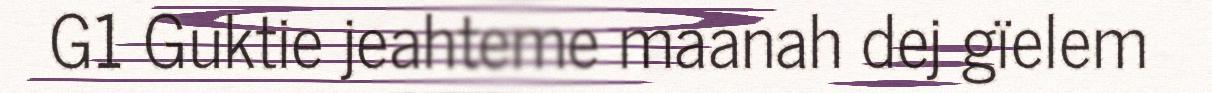
G1 Guktie jeahteme maanah dej gïelem